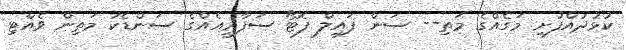
ކުޅުދުއްފުށި މަގެއްގެ މަތި-- ސަން ފައިލް ފޮޓޯ ސަފާރީއެއްގެ ސަންޑެކު މަތިން ވެއްޓި